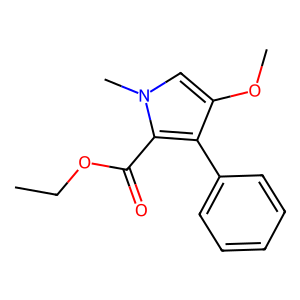
SMILES: CCOC(=O)c1c(-c2ccccc2)c(OC)cn1C
Inhibits HIV replication: No